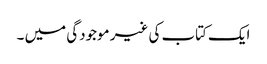
ایک کتاب کی غیر موجودگی میں ۔